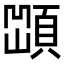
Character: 𩓆